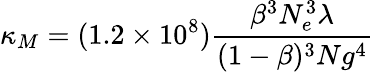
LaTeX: \kappa_{M}=(1.2\times 10^{8})\frac{\beta^{3}N_{e}^{3}\lambda}{(1-\beta)^{3}Ng^{4}}